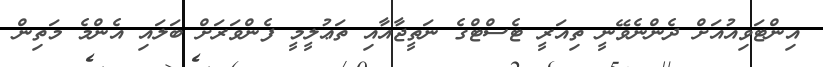
އިންޓަވިއުއަށް ދެންނެވޭނީ ތިއަރީ ޓެސްޓްގެ ނަތީޖާއާއި ތަޢުލީމީ ފެންވަރަށް ބަލައި އެންމެ މަތިން